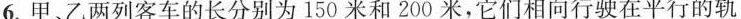
6.甲、乙两列客车的长分别为150米和200米，它们相向行驶在平行的轨